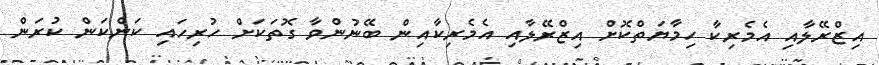
އިޒްރޭލާއި އެމެރިކާ ހިމާޔަތްކޮށް އިޒްރޭލާއި އެމެރިކާއިން ބޭނުންވާ ގޮތަކަށް ހުރިހައި ކަންކަން ކުރަން